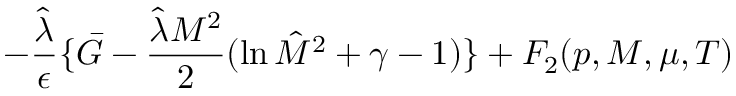
- { \frac { \hat { \lambda } } { \epsilon } } \{ \bar { G } - { \frac { { \hat { \lambda } } M ^ { 2 } } { 2 } } ( \ln { \hat { M } } ^ { 2 } + \gamma - 1 ) \} + F _ { 2 } { ( p , M , \mu , T ) }